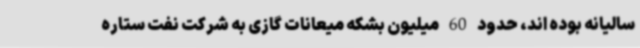
سالیانه بوده اند، حدود 60 میلیون بشکه میعانات گازی به شرکت نفت ستاره